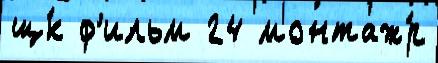
щ́к ф'ильм 24 монтаж́р